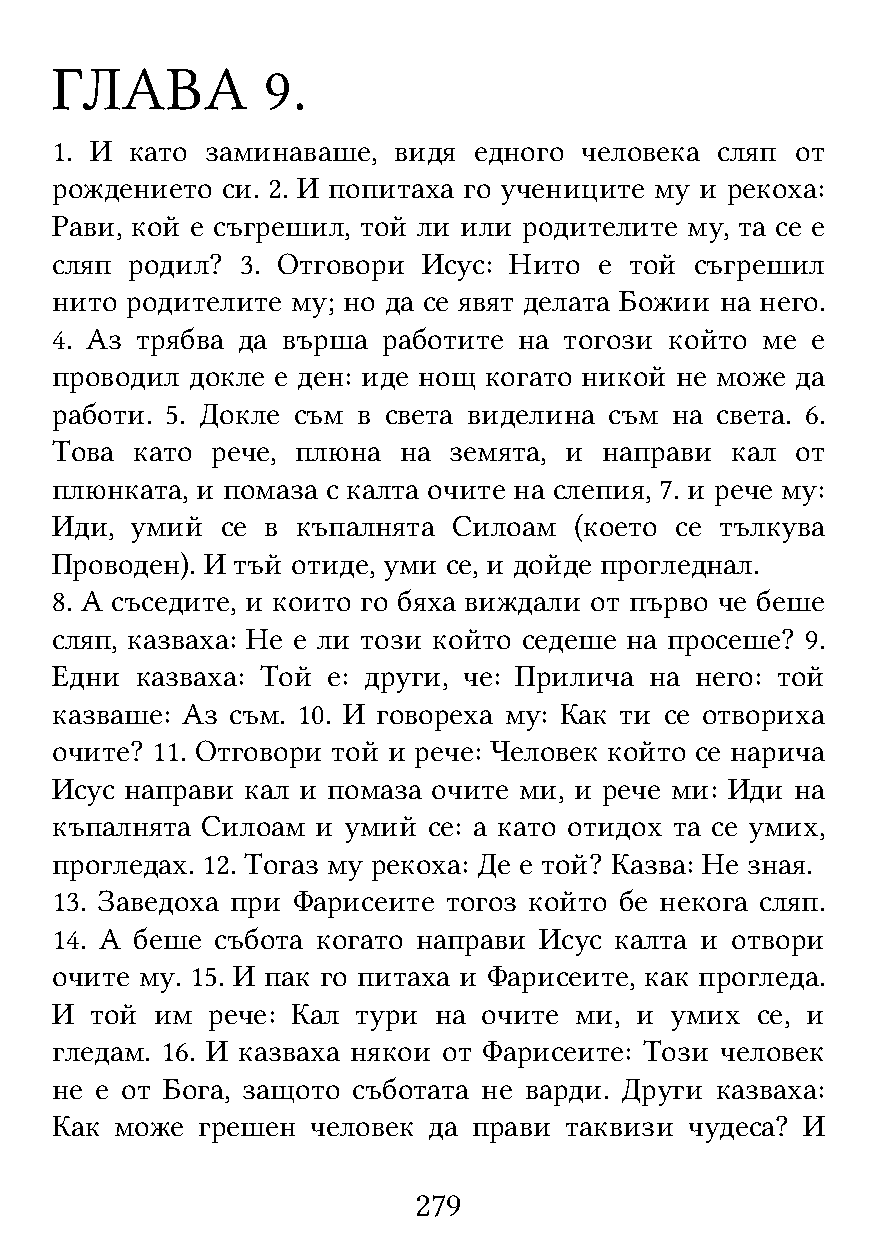
ГЛАВА          9.
 1. И  като заминаваше, видя едного человека сляп  от
 рождението  си. 2. И попитаха го учениците му и рекоха:
 Рави, кой е съгрешил, той ли или родителите му, та се е
 сляп родил?  3. Отговори Исус: Нито  е той съгрешил
 нито родителите му; но да се явят делата Божии на него.
 4. Аз трябва да върша работите на тогози който ме  е
 проводил  докле е ден: иде нощ когато никой не може да
 работи. 5. Докле съм в света виделина съм на света. 6.
 Това  като рече, плюна на  земята, и направи кал  от
 плюнката, и помаза с калта очите на слепия, 7. и рече му:
 Иди,  умий  се в къпалнята Силоам  (което се тълкува
 Проводен). И тъй отиде, уми се, и дойде прогледнал.
 8. А съседите, и които го бяха виждали от първо че беше
 сляп, казваха: Не е ли този който седеше на просеше? 9.
 Едни  казваха: Той е: други, че: Прилича на него: той
 казваше: Аз съм. 10. И говореха му: Как ти се отвориха
 очите? 11. Отговори той и рече: Человек който се нарича
 Исус направи кал и помаза очите ми, и рече ми: Иди на
 къпалнята Силоам  и умий се: а като отидох та се умих,
 прогледах. 12. Тогаз му рекоха: Де е той? Казва: Не зная.
 13. Заведоха при Фарисеите тогоз който бе некога сляп.
 14. А беше събота когато направи Исус калта и отвори
 очите му. 15. И пак го питаха и Фарисеите, как прогледа.
 И  той им  рече: Кал тури на очите ми, и умих  се, и
 гледам. 16. И казваха някои от Фарисеите: Този человек
 не е от Бога, защото съботата не варди. Други казваха:
 Как  може грешен  человек да прави таквизи чудеса? И
 279